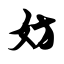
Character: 妨